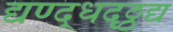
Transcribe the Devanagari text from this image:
द्यण्द्धदृठ्ठद्य